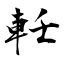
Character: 軠